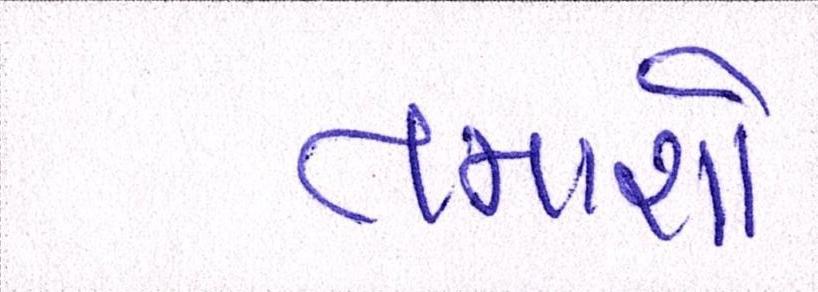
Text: તમાશો